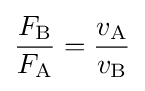
{\frac {F_{\mathrm {B} }}{F_{\mathrm {A} }}}={\frac {v_{\mathrm {A} }}{v_{\mathrm {B} }}}